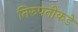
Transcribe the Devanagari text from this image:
तिरुपतीकडे